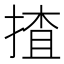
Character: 揸